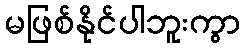
မဖြစ်နိုင်ပါဘူးကွာ